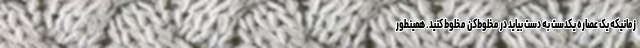
زمانیکه یک عصاره یکدست به دست بیاید در مخلو‌ط‌کن مخلوط کنید. همینطور